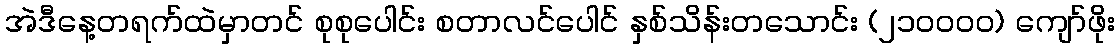
အဲဒီနေ့တရက်ထဲမှာတင် စုစုပေါင်း စတာလင်ပေါင် နှစ်သိန်းတသောင်း (၂၁၀၀၀၀) ကျော်ဖိုး